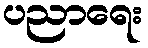
ပညာရေး